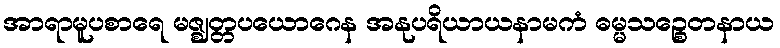
အာရာမူပစာရေ မဇ္ဈတ္တပယောဂေန အနုပရိယာယနာမကံ ဓမ္မသဉ္စေတနာယ